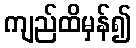
ကျည်ထိမှန်၍